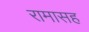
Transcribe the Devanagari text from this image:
रामासह